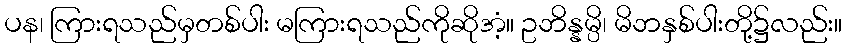
ပန၊ ကြားရသည်မှတစ်ပါး မကြားရသည်ကိုဆိုအံ့။ ဥဘိန္နမ္ပိ၊ မိဘနှစ်ပါးတို့၌လည်း။